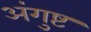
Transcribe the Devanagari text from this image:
अंगुष्ट